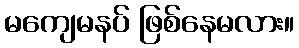
မကျေမနပ် ဖြစ်နေမလား။